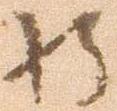
将